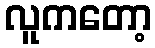
လူကတော့